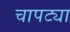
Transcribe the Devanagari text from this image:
चापट्या